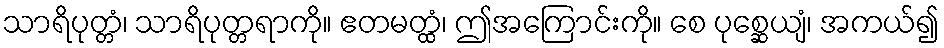
သာရိပုတ္တံ၊ သာရိပုတ္တရာကို။ ဧတမတ္ထံ၊ ဤအကြောင်းကို။ စေ ပုစ္ဆေယျံ၊ အကယ်၍